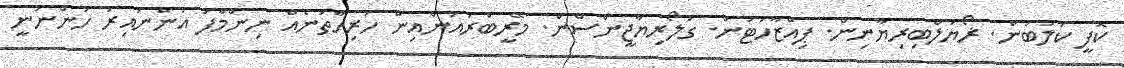
ކޮފީ ކުލަބުން. ޜޯޔަލްބިރިޔާނިން. ޕިއްޒާހަޓުން. ގުލޯރިޔާޖީންސްން. މޭރީބްރައުންއިން ހުރިހާތަނެއް ނިންމާފަ އަންނައިރު ހުންނަނީ